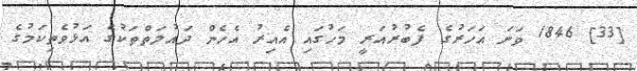
[33] 1846 ވަނަ އަހަރުގެ ފެބުރުއަރީ މަހުގައި އެއިރު އެހެން ދައުލަތްތަކުގެ އަޅުވެތިކަމުގެ